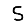
Digit: 5